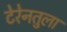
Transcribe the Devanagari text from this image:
टेरेनतुला